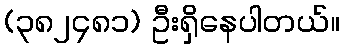
(၃၈၂၄၈၁) ဦးရှိနေပါတယ်။